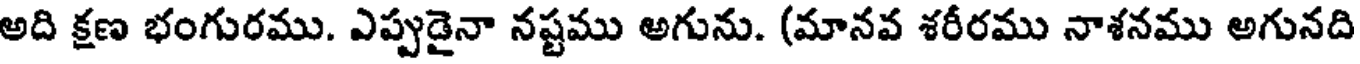
అది క్షణ భంగురము. ఎప్పుడైనా నష్టము అగును. (మానవ శరీరము నాశనము అగునది